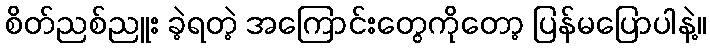
စိတ်ညစ်ညူး ခဲ့ရတဲ့ အကြောင်းတွေကိုတော့ ပြန်မပြောပါနဲ့။